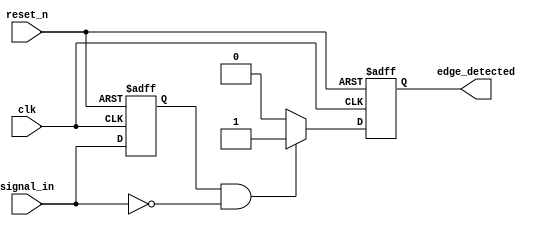
module negative_edge_detector (
    input wire clk,            // Clock input
    input wire reset_n,       // Asynchronous active-low reset
    input wire signal_in,     // Input signal to be monitored
    output reg edge_detected   // Output signal indicating negative edge detection
);

    reg signal_in_prev; // Register to hold the previous state of signal_in

    // Asynchronous reset and edge detection logic
    always @(posedge clk or negedge reset_n) begin
        if (!reset_n) begin
            signal_in_prev <= 1'b0; // Initialize previous state to low
            edge_detected <= 1'b0;   // Clear edge detected output
        end else begin
            // Edge detection logic
            edge_detected <= (signal_in_prev == 1'b1 && signal_in == 1'b0) ? 1'b1 : 1'b0;
            signal_in_prev <= signal_in; // Update previous state
        end
    end

endmodule